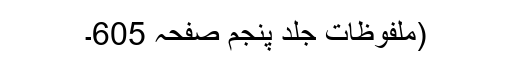
(ملفوظات جلد پنجم صفحہ 605۔